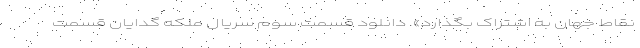
نقاط جهان به اشتراک بگذارد». دانلود قسمت سوم سریال ملکه گدایان قسمت